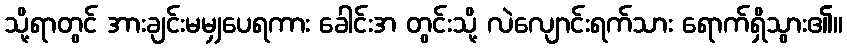
သို့ရာတွင် အားချင်းမမျှပေရကား ခေါင်းအ တွင်းသို့ လဲလျောင်းရက်သား ရောက်ရှိသွား၏။